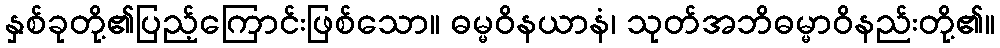
နှစ်ခုတို့၏ပြည့်ကြောင်းဖြစ်သော။ ဓမ္မဝိနယာနံ၊ သုတ်အဘိဓမ္မာဝိနည်းတို့၏။